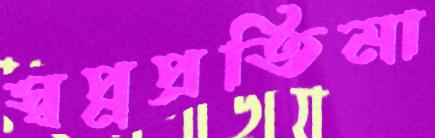
স্বপ্নপ্রতিমা